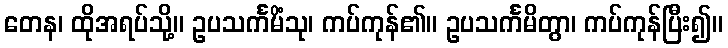
တေန၊ ထိုအရပ်သို့။ ဥပသင်္ကမိံသု၊ ကပ်ကုန်၏။ ဥပသင်္ကမိတွာ၊ ကပ်ကုန်ပြီး၍။